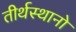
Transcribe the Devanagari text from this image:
तीर्थस्थानो